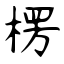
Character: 楞